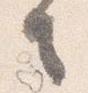
言